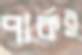
পার্কই